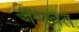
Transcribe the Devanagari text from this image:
जणवत